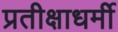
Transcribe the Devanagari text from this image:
प्रतीक्षाधर्मी